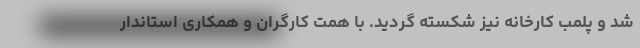
شد و پلمب کارخانه نیز شکسته گردید. با همت کارگران و همکاری استاندار